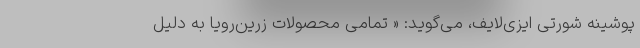
پوشینه شورتی ایزی‌لایف، می‌گوید: « تمامی محصولات زرین‌رویا به دلیل